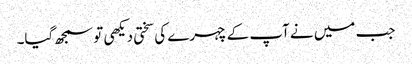
جب میں نے آپ کے چہرے کی سختی دیکھی تو سمجھ گیا۔